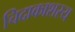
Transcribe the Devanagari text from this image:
चिदाकाशस्य